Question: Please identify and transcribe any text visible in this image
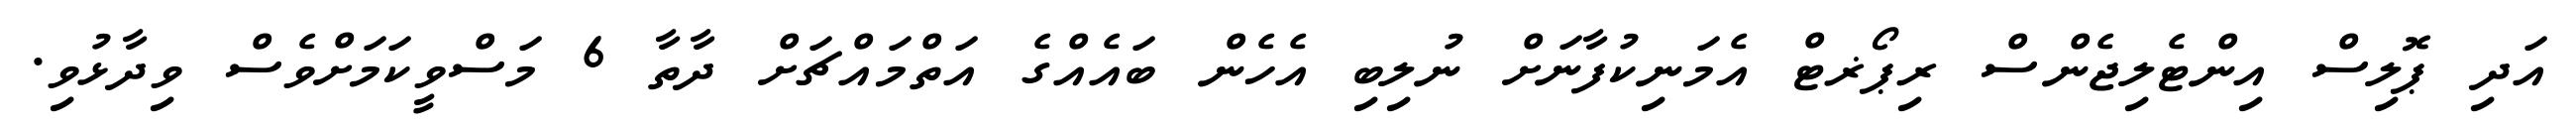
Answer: އަދި ޕޮލިސް އިންޓެލިޖެންސް ރިޕޯޜޓް އެމަނިކުފާނަށް ނުލިބި އެހެން ބައެއްގެ އަތްމައްޗަށް ދާތާ 6 މަސްވީކަމަށްވެސް ވިދާޅުވި.